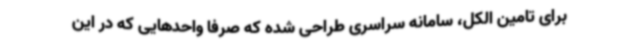
برای تامین الکل، سامانه سراسری طراحی شده که صرفا واحدهایی که در این